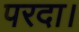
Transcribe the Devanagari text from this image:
परदा।